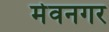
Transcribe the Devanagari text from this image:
मेवनगर